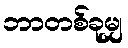
ဘာတစ်ခုမျှ